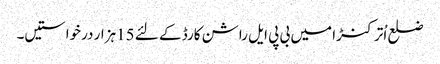
ضلع اُترکنڑا میں بی پی ایل راشن کارڈ کے لئے 15ہزار درخواستیں۔